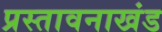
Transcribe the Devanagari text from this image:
प्रस्तावनाखंड